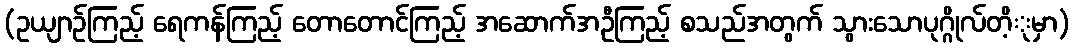
(ဥယျာဉ်ကြည့် ရေကန်ကြည့် တောတောင်ကြည့် အဆောက်အဦကြည့် စသည်အတွက် သွားသောပုဂ္ဂိုလ်တိ့ုမှာ)